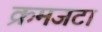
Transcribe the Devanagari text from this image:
क्रमजटा